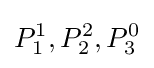
P_{1}^{1},P_{2}^{2},P_{3}^{0}